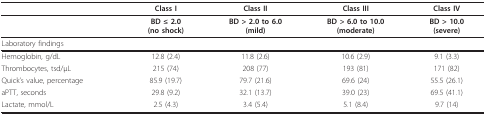
<table><thead><tr><td></td><td><b>Class I</b></td><td><b>Class II</b></td><td><b>Class III</b></td><td><b>Class IV</b></td></tr></thead><tbody><tr><td></td><td><b>BD ≤ 2.0</b><b>(no shock)</b></td><td><b>BD &gt; 2.0 to 6.0</b><b>(mild)</b></td><td><b>BD &gt; 6.0 to 10.0</b><b>(moderate)</b></td><td><b>BD &gt; 10.0</b><b>(severe)</b></td></tr><tr><td>Laboratory findings</td><td></td><td></td><td></td><td></td></tr><tr><td>Hemoglobin, g/dL</td><td>12.8 (2.4)</td><td>11.8 (2.6)</td><td>10.6 (2.9)</td><td>9.1 (3.3)</td></tr><tr><td>Thrombocytes, tsd/μL</td><td>215 (74)</td><td>208 (77)</td><td>193 (81)</td><td>171 (82)</td></tr><tr><td>Quick&#x27;s value, percentage</td><td>85.9 (19.7)</td><td>79.7 (21.6)</td><td>69.6 (24)</td><td>55.5 (26.1)</td></tr><tr><td>aPTT, seconds</td><td>29.8 (9.2)</td><td>32.1 (13.7)</td><td>39.0 (23)</td><td>69.5 (41.1)</td></tr><tr><td>Lactate, mmol/L</td><td>2.5 (4.3)</td><td>3.4 (5.4)</td><td>5.1 (8.4)</td><td>9.7 (14)</td></tr></tbody></table>